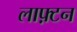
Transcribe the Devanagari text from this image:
लाफ़्टन